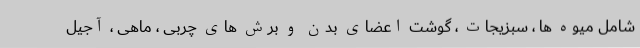
شامل میوه ها ، سبزیجات ، گوشت اعضای بدن و برش های چربی ، ماهی ، آجیل